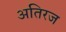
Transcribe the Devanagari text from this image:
अतिरज